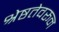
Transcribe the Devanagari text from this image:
श्रेष्ठतेवरून